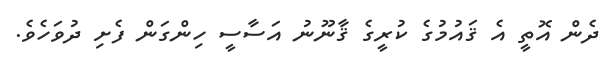
ދެން އޮތީ އެ ޤައުމުގެ ކުރީގެ ޤާނޫނު އަސާސީ ހިންގަން ފެށި ދުވަހެވެ.